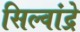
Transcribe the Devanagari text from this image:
सिल्वांद्रे